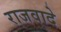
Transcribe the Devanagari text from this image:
राजवादे